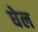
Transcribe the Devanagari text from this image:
घेल